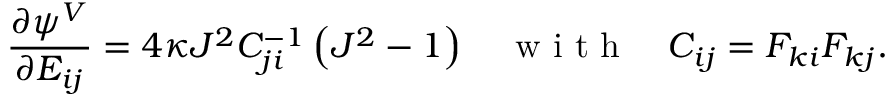
\frac { \partial \psi ^ { V } } { \partial E _ { i j } } = 4 \kappa J ^ { 2 } C _ { j i } ^ { - 1 } \left( J ^ { 2 } - 1 \right) \quad \mathrm { ~ w ~ i ~ t ~ h ~ } \quad C _ { i j } = F _ { k i } F _ { k j } .